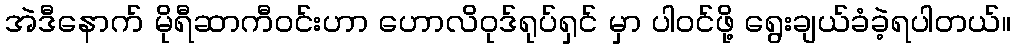
အဲဒီနောက် မိုရီဆာကီဝင်းဟာ ဟောလိဝုဒ်ရုပ်ရှင် မှာ ပါဝင်ဖို့ ရွေးချယ်ခံခဲ့ရပါတယ်။